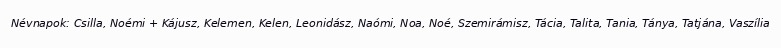
Névnapok: Csilla, Noémi + Kájusz, Kelemen, Kelen, Leonidász, Naómi, Noa, Noé, Szemirámisz, Tácia, Talita, Tania, Tánya, Tatjána, Vaszília